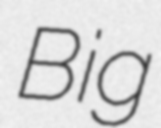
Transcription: Big